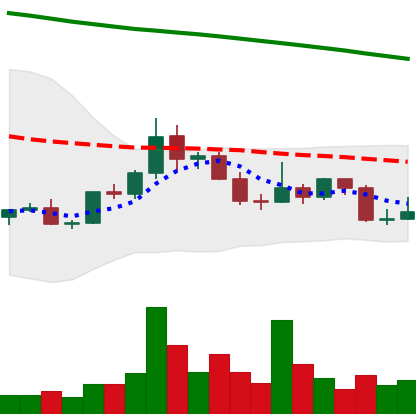
Ticker: DOGE-USD
Chart end date: 2022-02-19
Forward return: -12.318%
Label: down_7plus